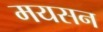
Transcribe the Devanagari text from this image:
मयसन